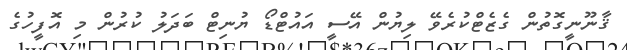
ޤާނޫނީގޮތުން ގެޒެޓްކުރެވޭ ލިޔުން އޭސީ އައުޓްޑޯ ޔުނިޓް ބަދަލު ކުރުން މި އޮފީހުގެ